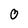
Character: 0